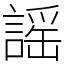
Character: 謡